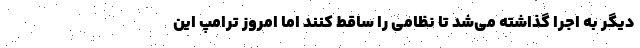
دیگر به اجرا گذاشته می‌شد تا نظامی را ساقط کنند اما امروز ترامپ این